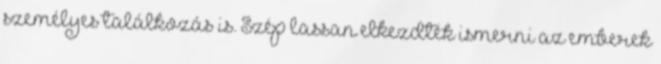
személyes találkozás is. Szép lassan elkezdték ismerni az emberek